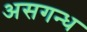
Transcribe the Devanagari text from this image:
असगन्ध